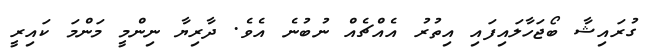
ގުރައިޝާ ބޯޖަހާލައިފައި އިތުރު އެއްޗެއް ނުބުނެ އެވެ. ދާރިޔާ ނިންމީ މަންމަ ކައިރީ